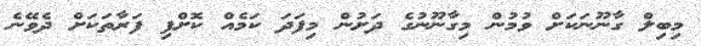
މިބިލް ގާނޫނަކަށް ވުމުން މިގާނޫނުގެ ދަށުން މިފަދަ ކަމެއް ކޮށްފި ފަރާތަކަށް ދެވޭނެ